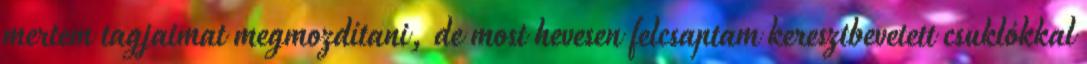
mertem tagjaimat megmozdítani, de most hevesen felcsaptam keresztbevetett csuklókkal